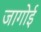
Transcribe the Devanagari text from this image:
जागोई